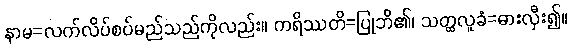
နာမ=လက်လိပ်စပ်မည်သည်ကိုလည်း။ ကရိဿတိ=ပြုဘိ၏၊ သတ္ထလူခံ=ဓားလှီး၍။